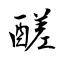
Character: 醝